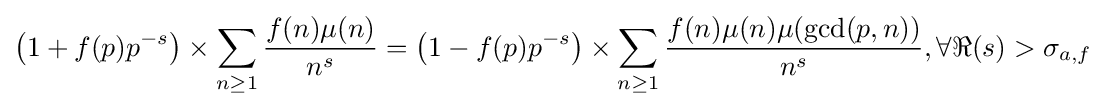
\left(1+f(p)p^{-s}\right)\times \sum _{n\geq 1}{\frac {f(n)\mu (n)}{n^{s}}}=\left(1-f(p)p^{-s}\right)\times \sum _{n\geq 1}{\frac {f(n)\mu (n)\mu (\gcd(p,n))}{n^{s}}},\forall \Re (s)>\sigma _{a,f}